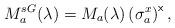
LaTeX: \begin{align*}M_{a}^{sG}(\lambda )=M_{a}(\lambda )\left( \sigma _{a}^{x}\right) ^{\mathsf{x}}, \end{align*}